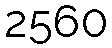
2560